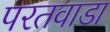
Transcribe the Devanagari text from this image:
परतवाडा